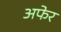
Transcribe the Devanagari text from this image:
अफेर